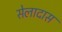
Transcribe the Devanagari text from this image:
सेलादास